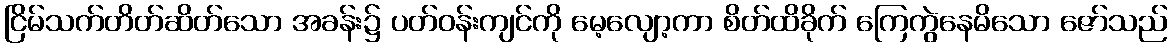
ငြိမ်သက်တိတ်ဆိတ်သော အခန်း၌ ပတ်ဝန်းကျင်ကို မေ့လျော့ကာ စိတ်ထိခိုက် ကြေကွဲနေမိသော ဇော်သည်